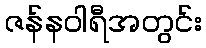
ဇန်နဝါရီအတွင်း